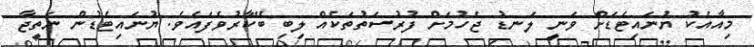
މިއާއެކު ޔުނައިޓެޑަށް ވަނީ ލަނޑު ޖެހުމަށް ފުރުސަތުތަކެއް ލިބި ބޭކާރުވެފައެވެ. ޔުނައިޓެޑުން ނަތީޖާ